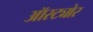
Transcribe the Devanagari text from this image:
ऑस्ट्योर